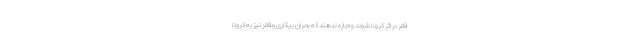
فقر در اثر کرونا شوند و اجازه ندهند که بحران بیکاری و فقر نیز به کرونا